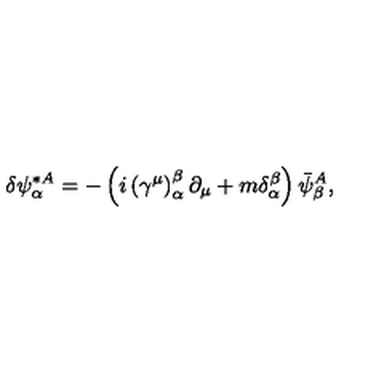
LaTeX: \delta \psi _ { \alpha } ^ { * A } = - \left( i \left( \gamma ^ { \mu } \right) _ { \alpha } ^ { \beta } \partial _ { \mu } + m \delta _ { \alpha } ^ { \beta } \right) \bar { \psi } _ { \beta } ^ { A } ,